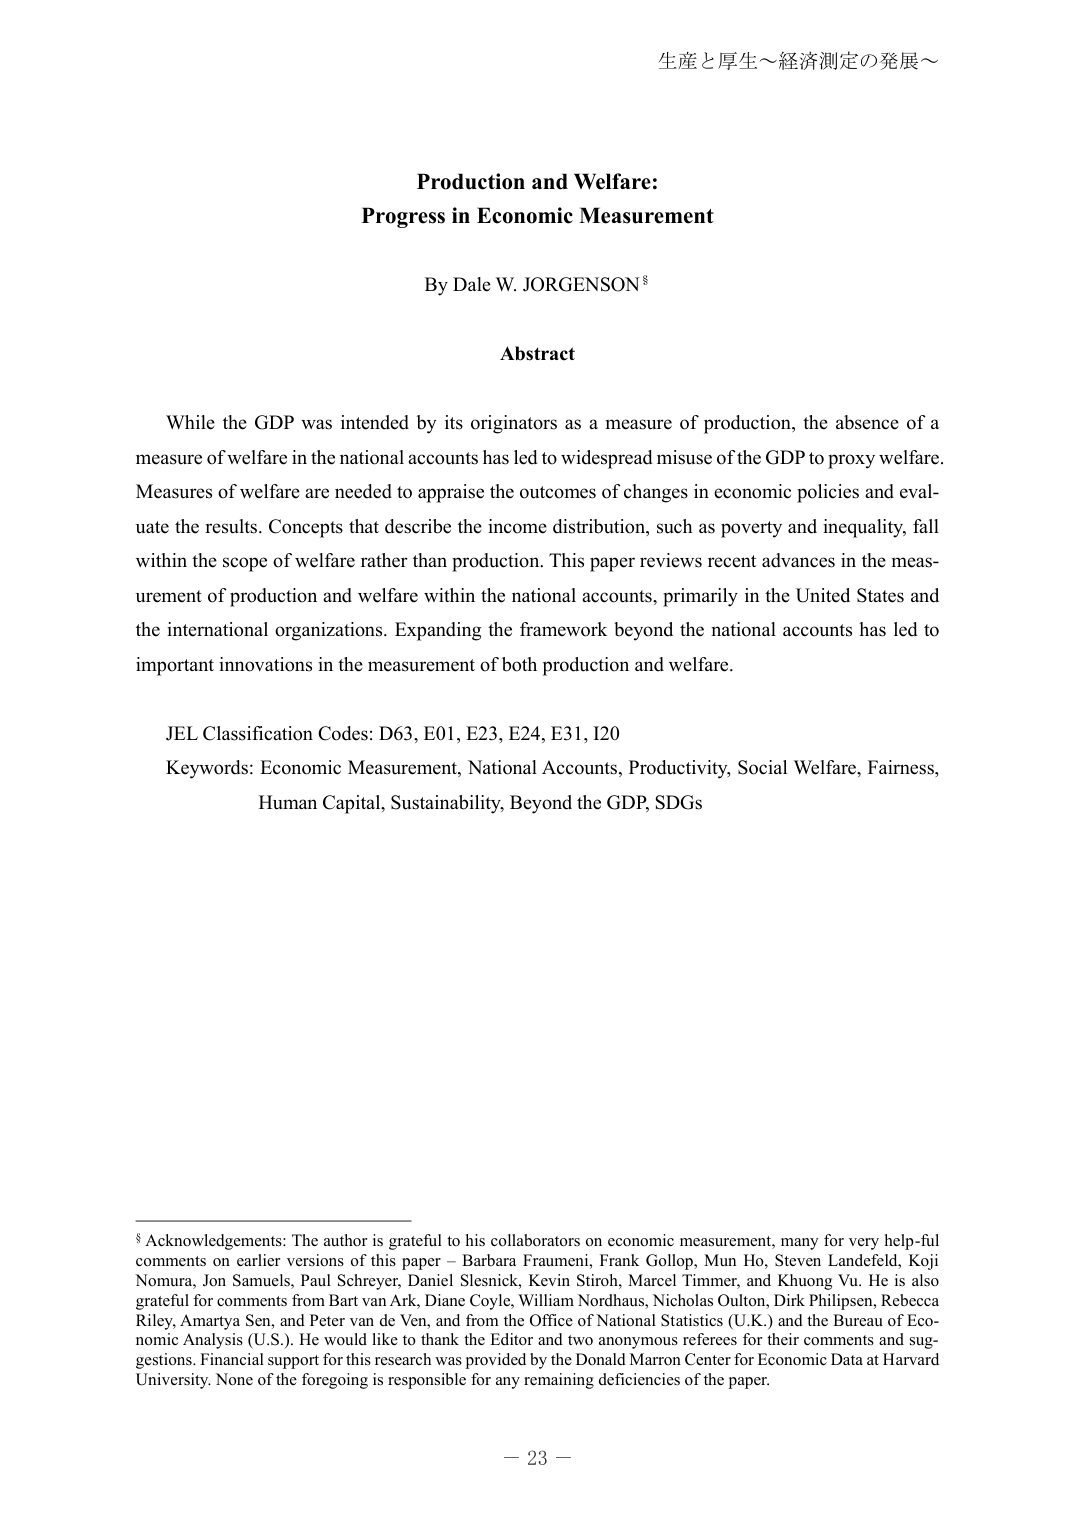
生産と厚生～経済測定の発展～

Production and Welfare:
Progress in Economic Measurement

By Dale W. JORGENSON§

Abstract

While the GDP was intended by its originators as a measure of production, the absence of a measure of welfare in the national accounts has led to widespread misuse of the GDP to proxy welfare. Measures of welfare are needed to appraise the outcomes of changes in economic policies and evaluate the results. Concepts that describe the income distribution, such as poverty and inequality, fall within the scope of welfare rather than production. This paper reviews recent advances in the measurement of production and welfare within the national accounts, primarily in the United States and the international organizations. Expanding the framework beyond the national accounts has led to important innovations in the measurement of both production and welfare.

JEL Classification Codes: D63, E01, E23, E24, E31, I20
Keywords: Economic Measurement, National Accounts, Productivity, Social Welfare, Fairness, Human Capital, Sustainability, Beyond the GDP, SDGs

§ Acknowledgements: The author is grateful to his collaborators on economic measurement, many for very helpful comments on earlier versions of this paper – Barbara Fraumeni, Frank Gollop, Mun Ho, Steven Landefeld, Koji Nomura, Jon Samuels, Paul Schreyer, Daniel Slesnick, Kevin Stiroh, Marcel Timmer, and Khuong Vu. He is also grateful for comments from Bart van Ark, Diane Coyle, William Nordhaus, Nicholas Oulton, Dirk Philipsen, Rebecca Riley, Amartya Sen, and Peter van de Ven, and from the Office of National Statistics (U.K.) and the Bureau of Economic Analysis (U.S.). He would like to thank the Editor and two anonymous referees for their comments and suggestions. Financial support for this research was provided by the Donald Marron Center for Economic Data at Harvard University. None of the foregoing is responsible for any remaining deficiencies of the paper.

－ 23 －